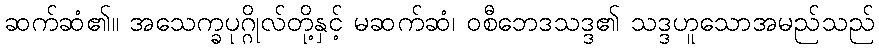
ဆက်ဆံ၏။ အသေက္ခပုဂ္ဂိုလ်တို့နှင့် မဆက်ဆံ၊ ဝစီဘေဒသဒ္ဒ၏ သဒ္ဒဟူသောအမည်သည်